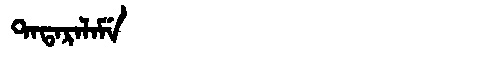
Manchu: ᡨᠠᡨᠠᡵᠠᠯᠠᠮᡝ
Romanization: TATARALAME